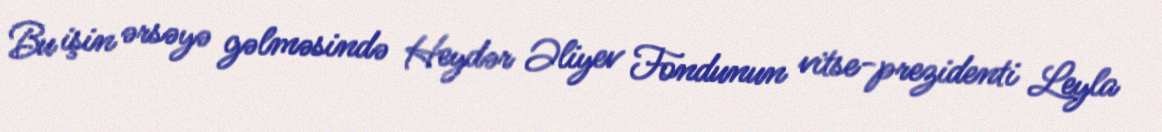
Bu işin ərsəyə gəlməsində Heydər Əliyev Fondunun vitse-prezidenti Leyla